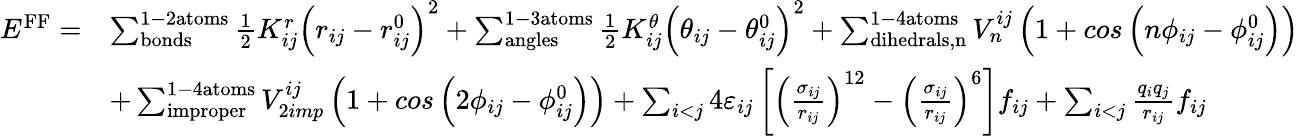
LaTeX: \begin{array}{rl}{E^{\mathrm{FF}}=}&{\sum_{\mathrm{bonds}}^{\mathrm{1-2atoms}}\frac{1}{2}K_{ij}^{r}\left(r_{ij}-r_{ij}^{0}\right)^{2}+\sum_{\mathrm{angles}}^{\mathrm{1-3atoms}}\frac{1}{2}K_{ij}^{\theta}\left(\theta_{ij}-\theta_{ij}^{0}\right)^{2}+\sum_{\mathrm{dihedrals,n}}^{\mathrm{1-4atoms}}V_{n}^{ij}\left(1+cos\left(n\phi_{ij}-\phi_{ij}^{0}\right)\right)}\\ &{+\sum_{\mathrm{improper}}^{\mathrm{1-4atoms}}V_{2imp}^{ij}\left(1+cos\left(2\phi_{ij}-\phi_{ij}^{0}\right)\right)+\sum_{i<j}4\varepsilon_{ij}\left[\left(\frac{\sigma_{ij}}{r_{ij}}\right)^{12}-\left(\frac{\sigma_{ij}}{r_{ij}}\right)^{6}\right]f_{ij}+\sum_{i<j}\frac{q_{i}q_{j}}{r_{ij}}f_{ij}}\end{array}